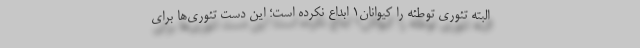
البته تئوری توطئه را کیواِنان۱ ابداع نکرده است؛ این دست تئوری‌ها برای